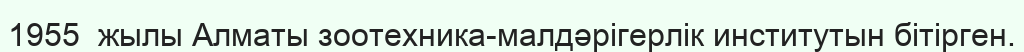
1955  жылы Алматы зоотехника-малдәрігерлік институтын бітірген.